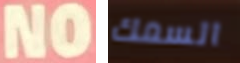
NO السمك